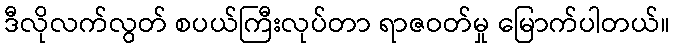
ဒီလိုလက်လွတ် စပယ်ကြီးလုပ်တာ ရာဇဝတ်မှု မြောက်ပါတယ်။